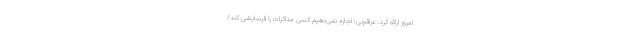
امروز ارائه کرد. عراقچی: اجازه نمی‌دهیم کسی مذاکرات را فرسایشی کند/